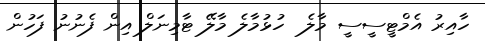
ހާއިރު އެމްޓީސީސީ މާލެ  ހުޅުމާލެ މާލޭ ޓާމިނަލް އިން ފެނުނު ފަހުން